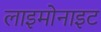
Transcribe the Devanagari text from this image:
लाइमोनाइट